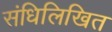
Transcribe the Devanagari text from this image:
संधिलिखित